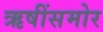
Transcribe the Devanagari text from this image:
ऋषींसमोर